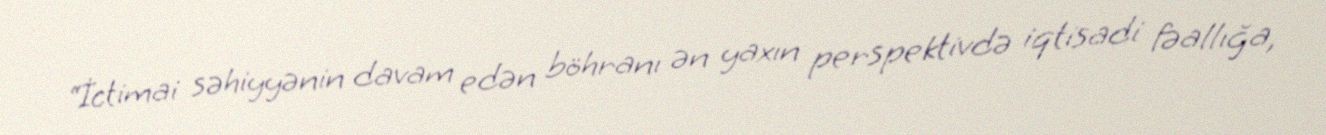
“İctimai səhiyyənin davam edən böhranı ən yaxın perspektivdə iqtisadi fəallığa,